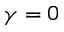
\gamma = 0